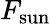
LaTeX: F_{\mathrm{sun}}